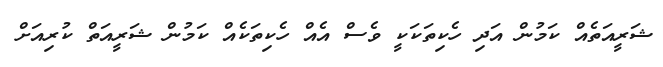
ޝަރީއަތެއް ކަމުން އަދި ހެކިތަކަކީ ވެސް އެއް ހެކިތަކެއް ކަމުން ޝަރީއަތް ކުރިއަށް